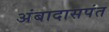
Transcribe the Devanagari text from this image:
अंबादासपंत